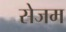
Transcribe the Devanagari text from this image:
सेजम